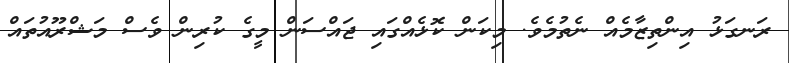
ރަނގަޅު އިންތިޒާމެއް ނެތުމެވެ. މިކަން ކޮޅެއްގައި ޖައްސަން މީގެ ކުރިން ވެސް މަޝްރޫއުތައް